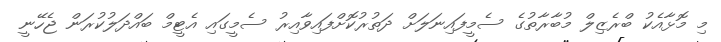
މި މޮޅާއެކު ބްރެޒިލް މުބާރާތުގެ ސެމީފައިނަލަށް ދަތުރުކޮށްފައިވާއިރު ސެމީގައި އެޓީމް ބައްދަލުކުރަން ޖެހޭނީ